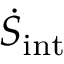
\dot { S } _ { \mathrm { i n t } }